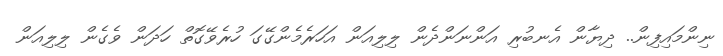
ނިންމައިފިން.. ދިޔާން އެނބުރި އަންނަންދެން ލިލިއަން އަހަރެމެންގޭގަ ހުރެވޭގޮތް ހަދަން ވެގެން ލިލިއަން